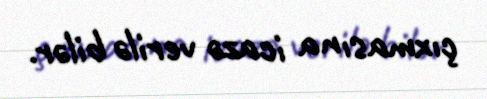
çıxmasına icazə verilə bilər.